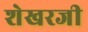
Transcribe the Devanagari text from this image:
शेखरजी